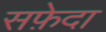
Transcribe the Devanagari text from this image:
सफ़ेदा